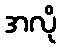
အလို